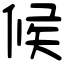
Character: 候